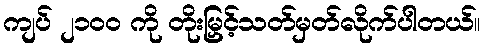
ကျပ် ၂၁၀၀ ကို တိုးမြှင့်သတ်မှတ်လိုက်ပါတယ်။